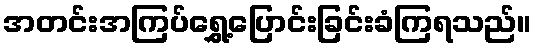
အတင်းအကြပ်ရွှေ့ပြောင်းခြင်းခံကြရသည်။